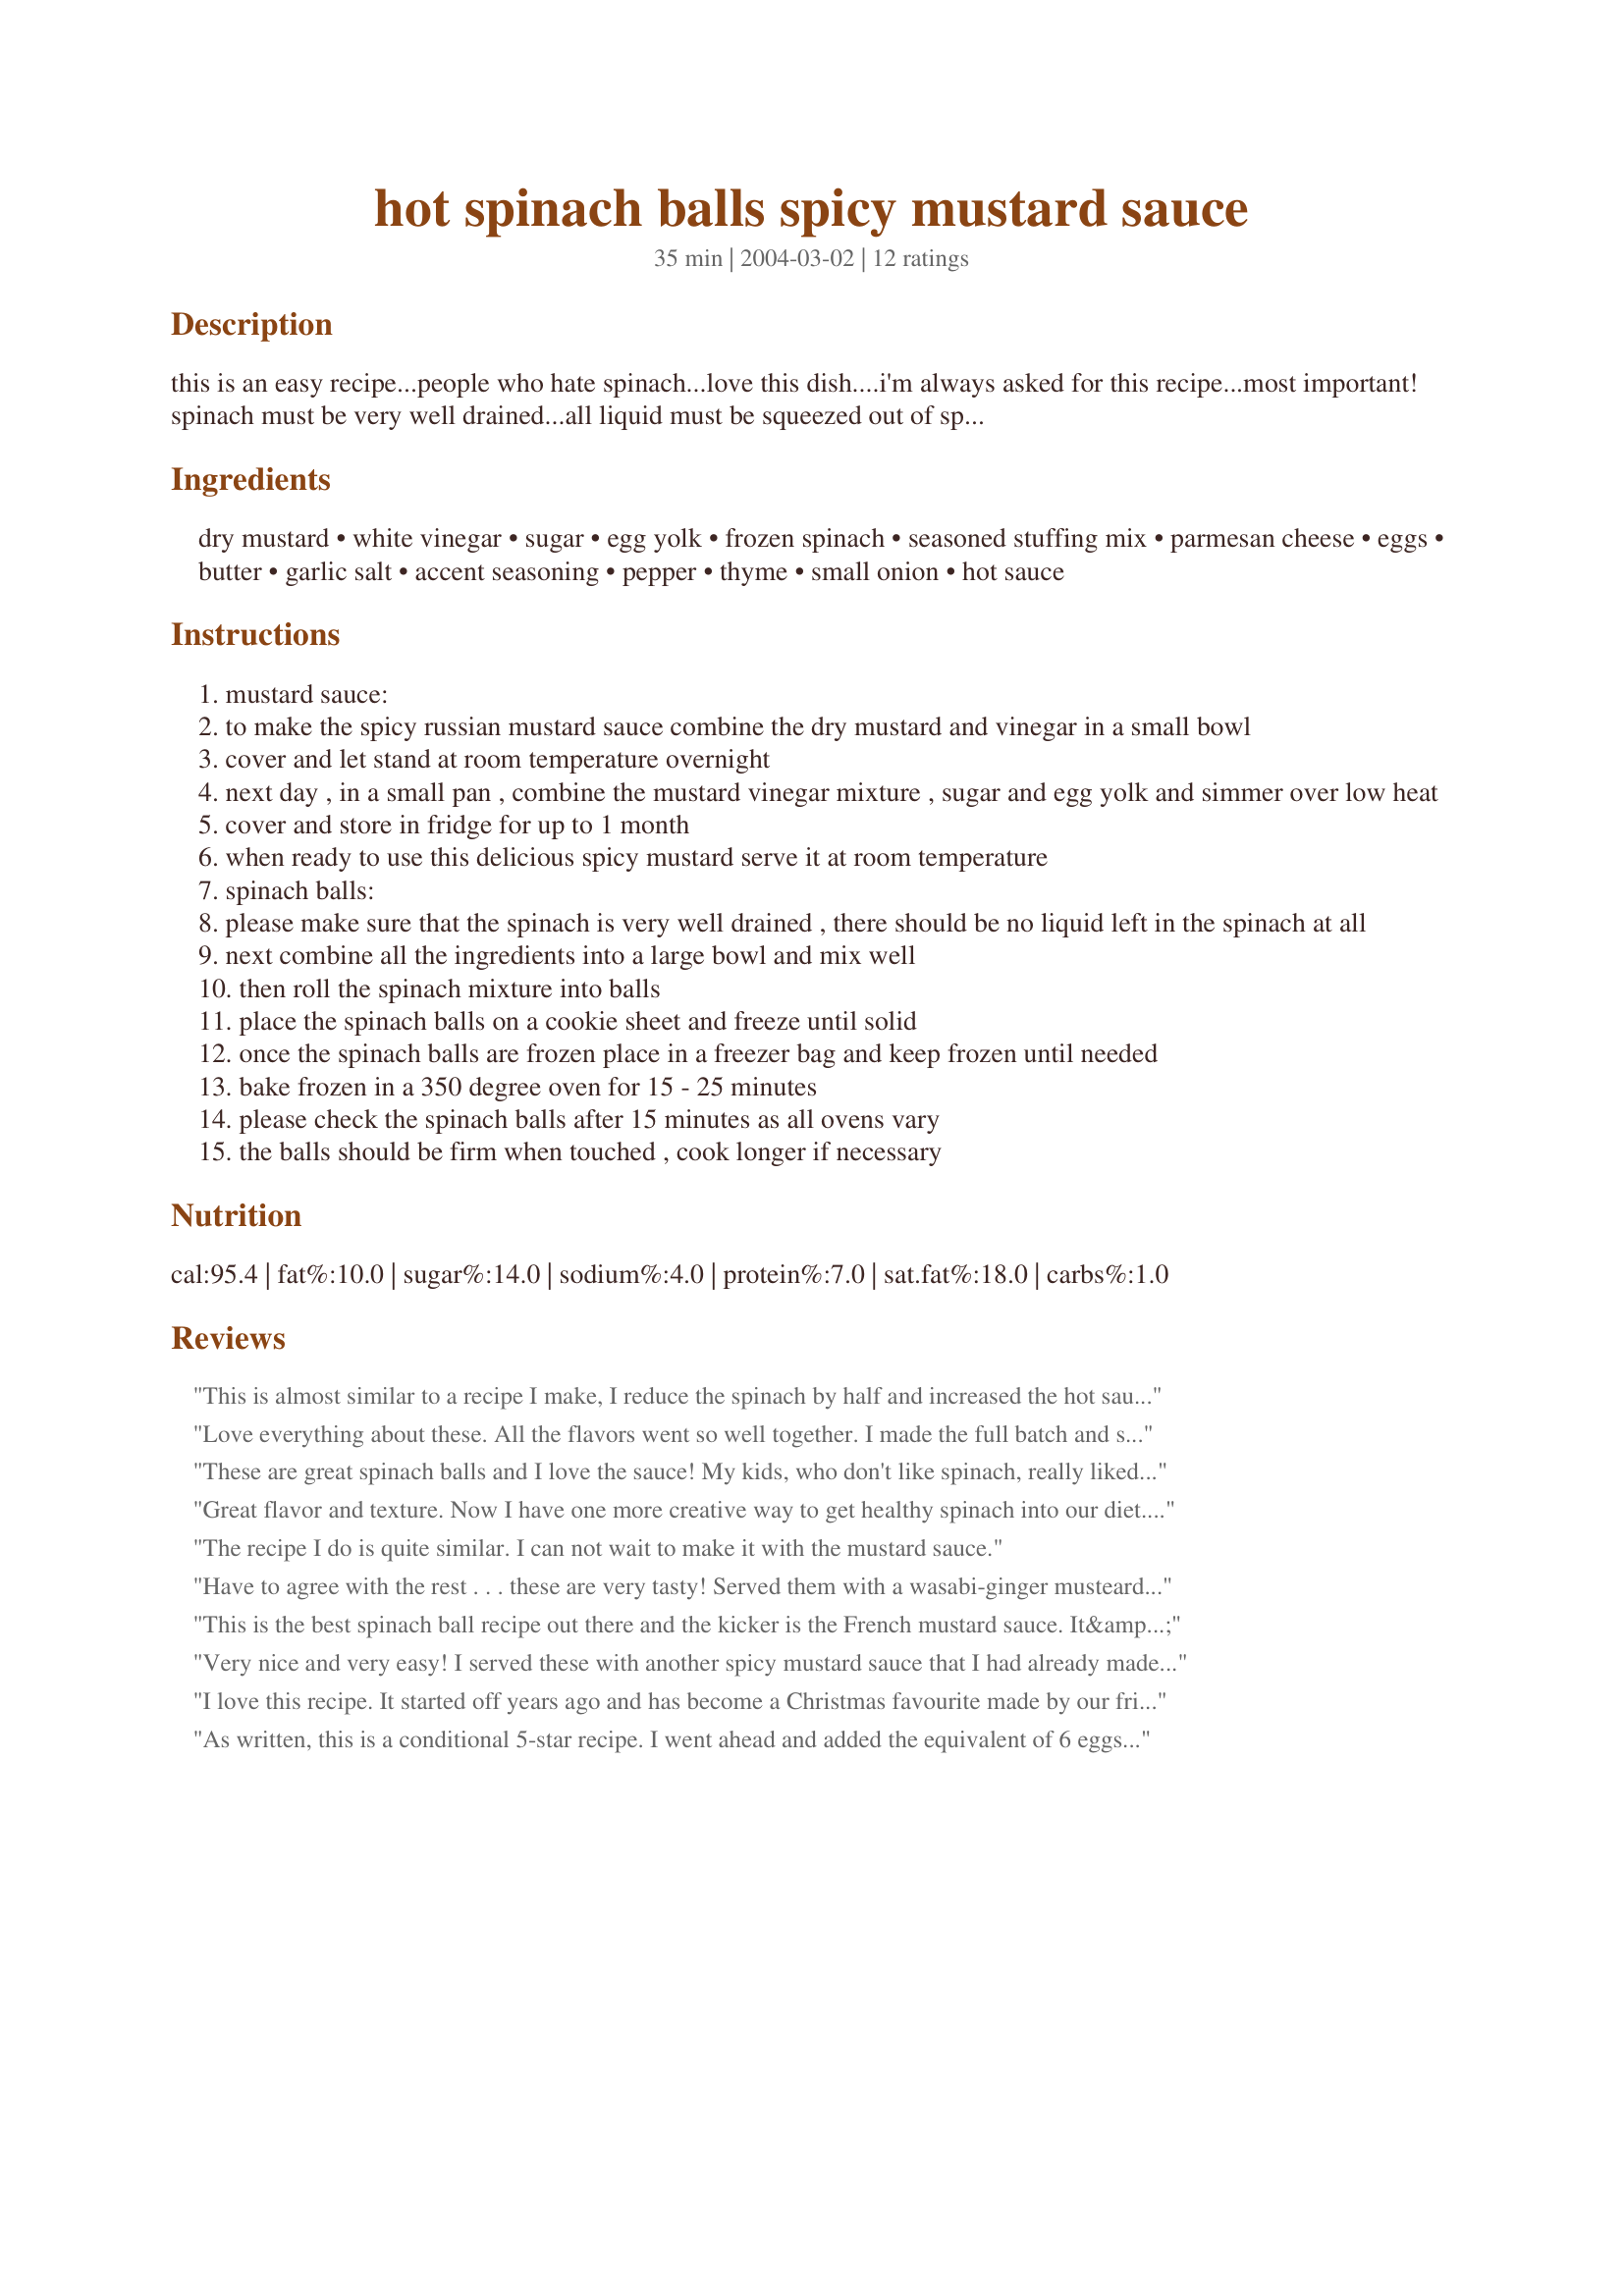
hot spinach balls spicy mustard sauce
Preparation time: 35 minutes

this is an easy recipe...people who hate spinach...love this dish....i'm always asked for this recipe...most important!

spinach must be very well drained...all liquid must be squeezed out of spinach!

Ingredients:
dry mustard, white vinegar, sugar, egg yolk, frozen spinach, seasoned stuffing mix, parmesan cheese, eggs, butter, garlic salt, accent seasoning, pepper, thyme, small onion, hot sauce

Steps:
mustard sauce:
to make the spicy russian mustard sauce combine the dry mustard and vinegar in a small bowl
cover and let stand at room temperature overnight
next day , in a small pan , combine the mustard vinegar mixture , sugar and egg yolk and simmer over low heat
cover and store in fridge for up to 1 month
when ready to use this delicious spicy mustard serve it at room temperature
spinach balls:
please make sure that the spinach is very well drained , there should be no liquid left in the spinach at all
next combine all the ingredients into a large bowl and mix well
then roll the spinach mixture into balls
place the spinach balls on a cookie sheet and freeze until solid
once the spinach balls are frozen place in a freezer bag and keep frozen until needed
bake frozen in a 350 degree oven for 15 - 25 minutes
please check the spinach balls after 15 minutes as all ovens vary
the balls should be firm when touched , cook longer if necessary

Reviews:
This is almost similar to a recipe I make, I reduce the spinach by half and increased the hot sauce, also I used garlic powder, seasoned salt and lots black pepper, thanks for sharing BK!...Kitten:)
Love everything about these. All the flavors went so well together. I made the full batch and so glad I did. I used Savory Herb Stuffing Mix and I think that added a lot to the flavors. I over baked mine just a little because of last minute distractions, but they were still good. I had my own Hot Pepper Mustard that I served this with. I'll be making these again BK. Thanks. Made for Zaar Stars Tag Game :)
These are great spinach balls and I love the sauce! My kids, who don't like spinach, really liked these, too. I did make the whole batch and have about half in the freezer to make for a snack. These would be great to serve as an appetizer for company. Thanks, BK.
Great flavor and texture. Now I have one more creative way to get healthy spinach into our diet. Made these as a friday night appetizer. I did however have my own Spicy Mustard Sauce. Thanks for sharing. {made and reviewed for NZ/AUS recipe swap #31, Aug. 2009}
The recipe I do is quite similar. I can not wait to make it with the mustard sauce.
Have to agree with the rest . . . these are very tasty! Served them with a wasabi-ginger musteard. :yummy: Made them for a potluck and since there were kids there left out the hot sauce. Next time I'll add the hot sauce. So that the kids would eat them, called them Monkey Food. Only had 16 oz. of spinach so reduced everything by 20%. It did take 25 minutes to bake. Thanks for sharing!
This is the best spinach ball recipe out there and the kicker is the French mustard sauce. It&#039;s always eaten up every time. I love this recipe! YUM!
Very nice and very easy! I served these with another spicy mustard sauce that I had already made. Thanks for posting!
I love this recipe. It started off years ago and has become a Christmas favourite made by our friends. Now I make them for special occasions. I use Orgran falafel mix instead of bread crumbs to make mine gluten free and extra tasty. Even men at parties love them with a beer because of this fantastic mustard sauce. I am taking mine to Melbourne Cup Luncheon tomorrow to go with the champas for the races. The horse race that stops the nation here in Australia.
As written, this is a conditional 5-star recipe. I went ahead and added the equivalent of 6 eggs (I used egg substitute) and the outcome was just too moist to form into balls. I then found other spinach ball recipes on RecipeZaar, and found that reviewers of recipes with similar stuffing/egg ratios had the same problem. So I added the entire contents of the packaged seasoning box (Stove Top herb) and proceded. This seemed to work out well. Also, for some reason, when I cooked them it took about 35 minutes for them to firm up. I've still got some balls left in the freezer and if I get a different outcome I'll rereview. Otherwise, they really tasted great, and I loved the sweet/hot mustard (I added less sugar because I'm not a fan of real sweet)! So 5 stars only if you use the entire box of stuffing instead of 2 cups. After all, I was able to fix the problem easily and they ended up tasting great:D! My BF thought these would make a good appetizer for Thanksgiving and I had to agree. Thanks BK!
Wow, I thought this was really greasy and really salty. I guess there is a lot of possibility for variation with the stuffing mix and cheese you use but I won't be making this again.
Made for March, 2008 Bevy Swap. These spinach balls are unbelieveably good. I loved everything about them. The texture is perfect and all the flavors blended nicely together. I only made half a batch, but I used a 6 ounce box of Stove Top Traditional Sage stuffing and four eggs. I left out the Accent seasoning but did add the hot sauce. The spicy mustard sauce was the perfect compliment to the spinach balls. I added approximately 2 or 3 tablespoons of honey to the sauce while it was simmering. I thought it was going to be too runny, but it thickened up nicely while as it was cooling. I can't wait for our next covered dish luncheon at work so that I can surprise everyone with this delightful appetizer. Thanks for sharing a great recipe, Baby Kato.
